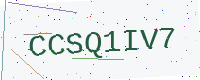
Text: CCSQ1IV7